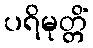
ပရိမုတ္တိံ